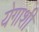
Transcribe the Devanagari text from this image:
येगाशी